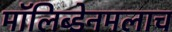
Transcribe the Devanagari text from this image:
मॉलिब्डेनमलाच